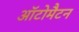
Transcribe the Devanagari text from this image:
ऑटोमैटन